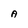
Character: A